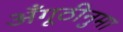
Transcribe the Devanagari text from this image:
अँगूठीनुमा